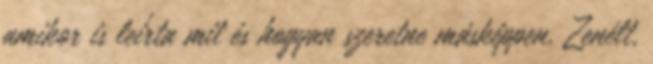
amikor is leírta mit és hogyan szeretne másképpen. Zenélt,